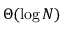
\Theta ( \log N )